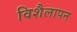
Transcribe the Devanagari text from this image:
विशैलापन